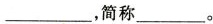
___，简称___。